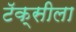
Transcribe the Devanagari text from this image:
टॅक्सीला